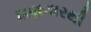
શણગારથી